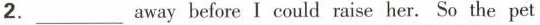
2.___away before I could raise her. So the pet